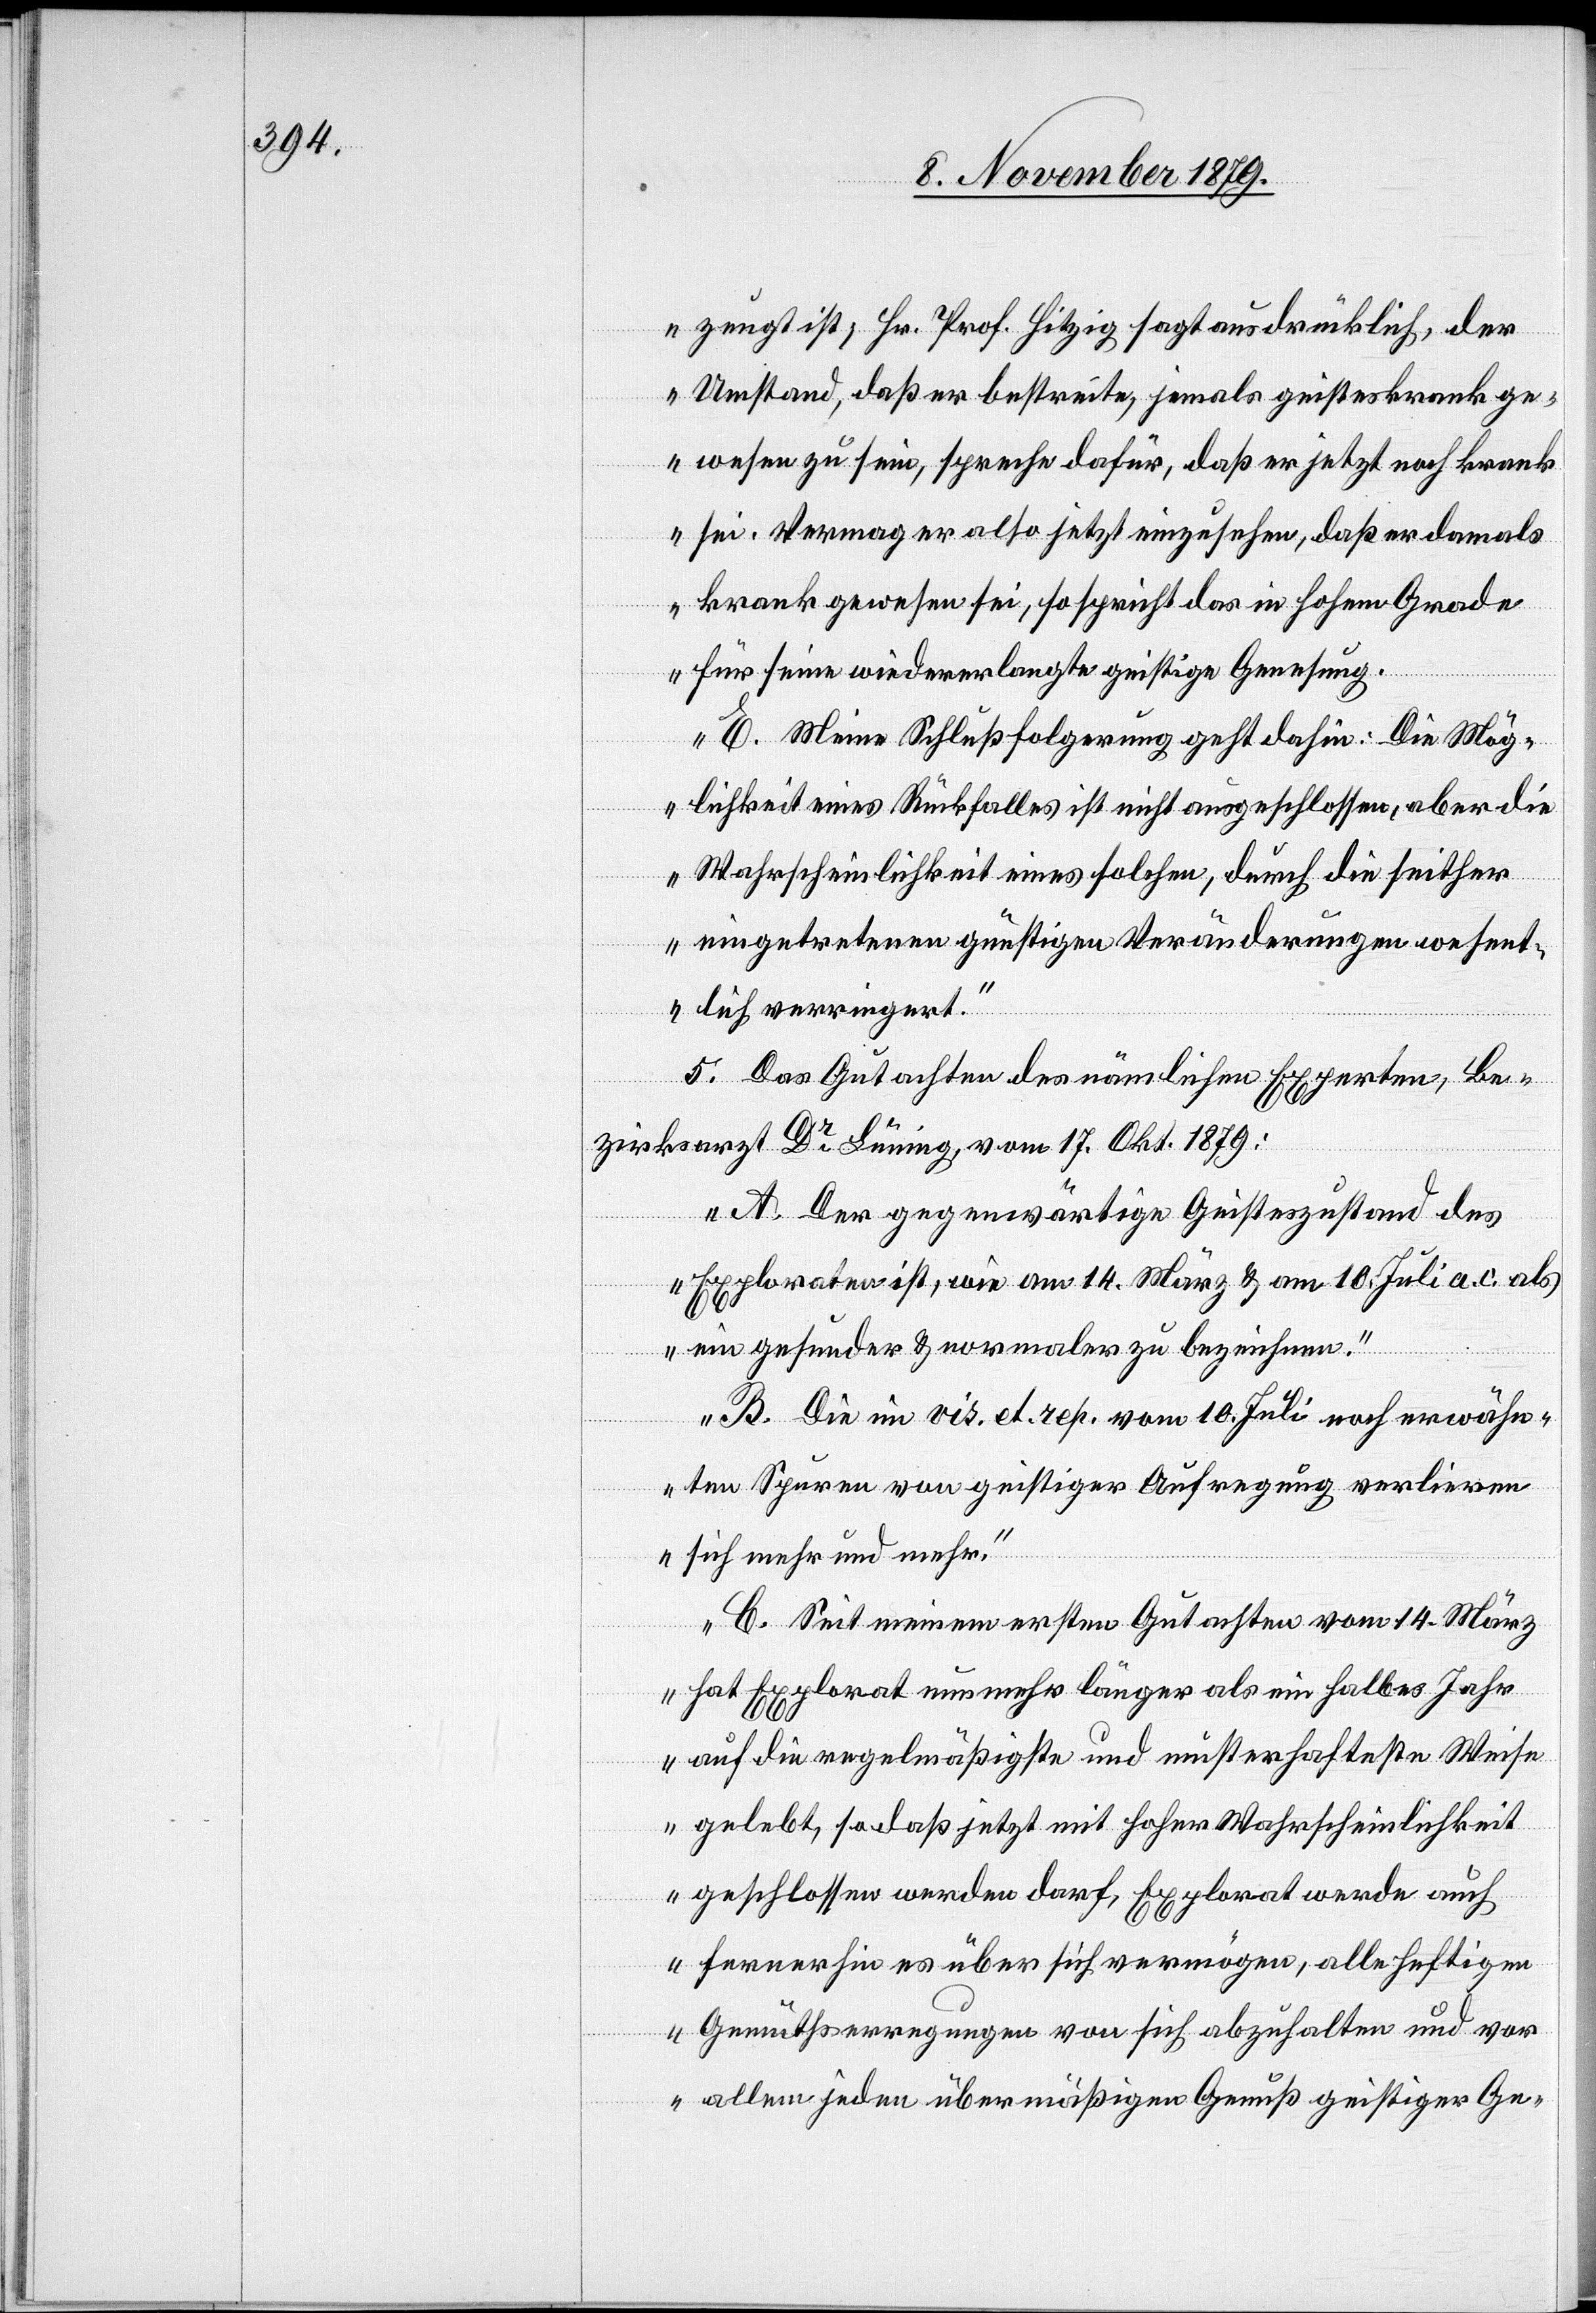
zeugt ist, Hr. Prof. Hitzig sagt ausdrücklich, der
Umstand, daß er bestreite, jemals geisteskrank ge¬
wesen zu sein, spreche dafür, daß er jetzt noch krank
sei. Vermag er also jetzt einzusehen, das er damals
krank gewesen sei, so spricht das in hohem Grade
für seine wiedererlangte geistige Genesung.
E. Meine Schlußfolgerung geht dahin: Die Mög¬
lichkeit eines Rückfalles ist nicht ausgeschlossen, aber die
Wahrscheinlichkeit eines solchen, durch die seither
eingetretenen günstigen Veränderungen wesent¬
lich verringert.“
5. Das Gutachten des nämlichen Experten, Be¬
zirksarzt Dr Lüning vom 17. Okt. 1879:
„A. Der gegenwärtige Geisteszustand des
Exploraten ist, wie am 14. März & am 10. Juli a. c. als
ein gesunder & normaler zu bezeichnen.
B. Die im vis. et. rep. vom 10. Juli noch erwähn¬
ten Spuren von geistiger Aufregung verlieren
sich mehr und mehr.
C. Seit meinem ersten Gutachten vom 14. März
hat Explorat nunmehr länger als ein halbes Jahr
auf die regelmäßigste und musterhafteste Weise
gelebt, so daß jetzt mit hoher Wahrscheinlichkeit
geschlossen werden darf, Explorat werde auch
fernerhin es über sich vermögen, alle heftigen
Gemüthserregungen von sich abzuhalten und vor
allem jeden übermäßigen Genuß geistiger Ge-